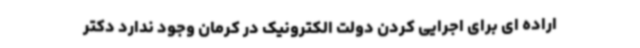
اراده ای برای اجرایی کردن دولت الکترونیک در کرمان وجود ندارد دکتر